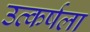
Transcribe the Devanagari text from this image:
उत्कर्षला